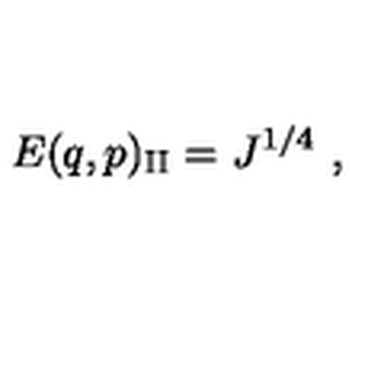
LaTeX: E ( q , p ) _ { \mathrm { { I I } } } = J ^ { 1 / 4 } \ ,